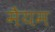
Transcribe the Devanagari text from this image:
मैयम